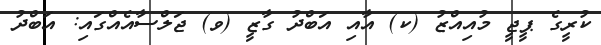
ކުރީގެ ޕީޖީ މުއިއްޒު (ކ) އާއި އަބްދު ގާޒީ (ވ) ޖަލްސާއެއްގައި: އަބްދު